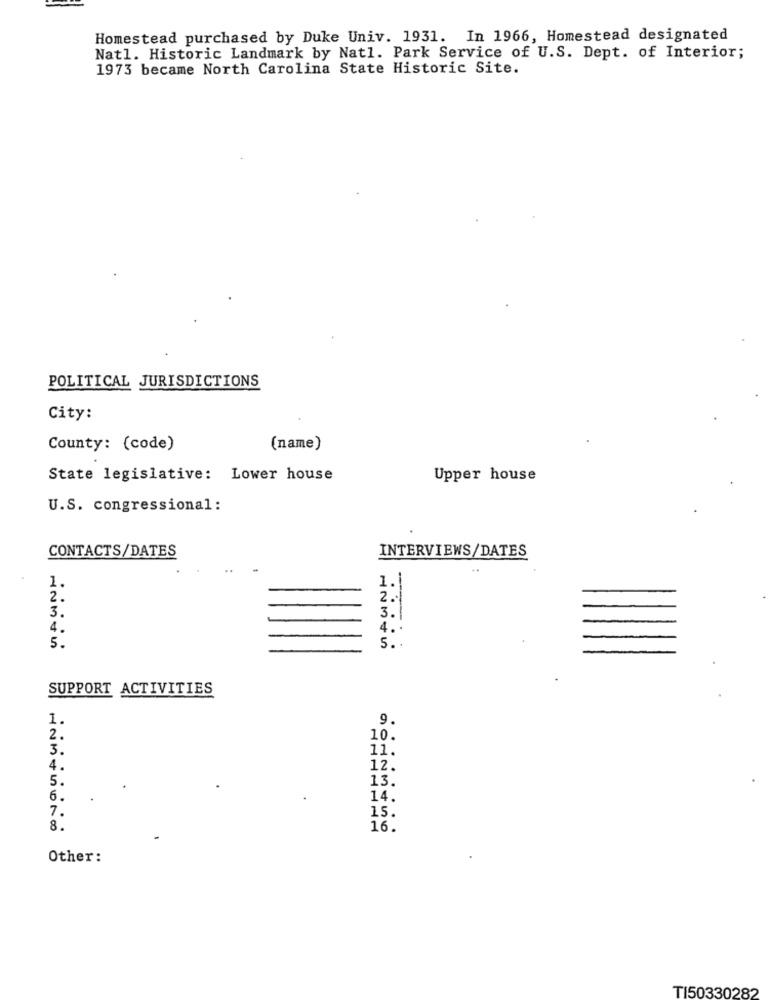
Homestead purchased by Duke Univ. 1931. In 1966, Homestead designated
Natl. Historic Landmark by Nat1. Park Service of U.S. Dept. of Interior;
1973 became North Carolina State Historic Site.
POLITICAL JURISDICTIONS
City:
County: (code)
(name)
State legislative: Lower house
Upper house
U.S. congressional :
CONTACTS/DATES
INTERVIEWS/DATES
..
1.
1.
2.
2.
3.
3.
4.
4. .
5 ..
5.
SUPPORT ACTIVITIES
1.
9.
2.
10.
3.
11.
4.
12.
5.
13.
6.
14.
7.
15.
8.
16.
Other:
TI50330282